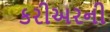
કરીઅરની